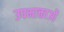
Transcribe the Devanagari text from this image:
उपभाक्ताओं